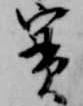
実